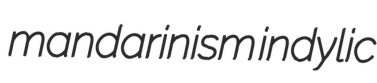
mandarinism indylic